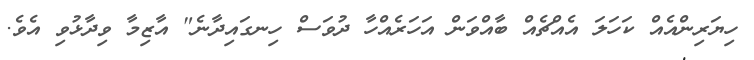
ހިޔަރިންއެއް ކަހަލަ އެއްޗެއް ބާއްވަން އަހަރެއްހާ ދުވަސް ހިނގައިދާނެ" އާޒިމާ ވިދާޅުވި އެވެ.